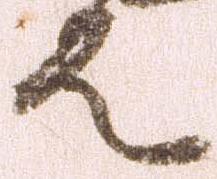
者